Lunatic asylums Bombay report 1878-1890 - 1878-1890
Year: 1878
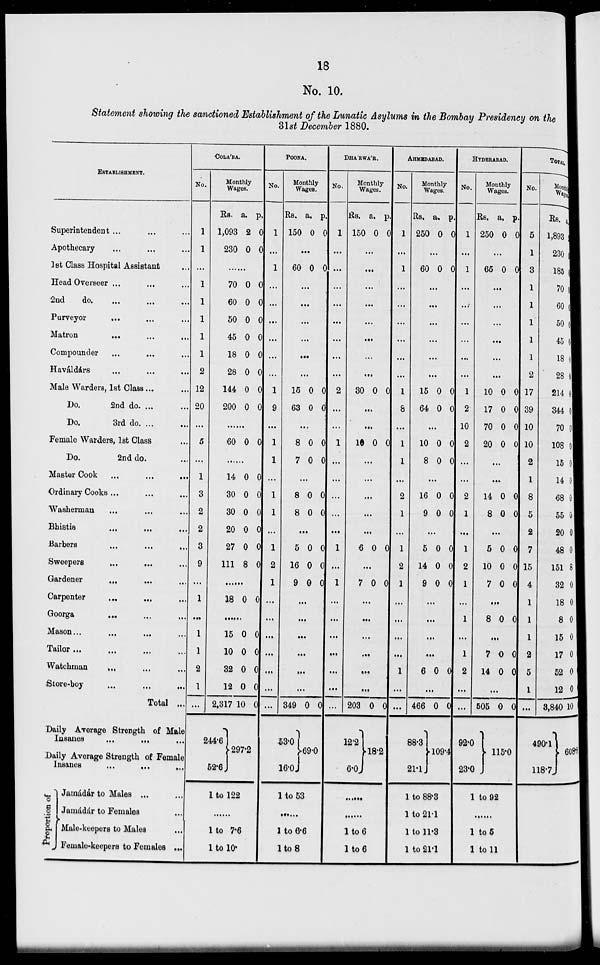
18
No. 10.
Statement showing the sanctioned Establishment of the Lunatic Asylums in the Bombay Presidency on the
31st December 1880.
ESTABLISHMENT.
Superintendent ... ... ...
Apothecary ... ... ...
1st Class Hospital Assistant ...
Head Overseer ... ... ...
2nd
do. ... ... ...
Purveyor ... ... ...
Matron ... ... ...
Compounder ... ... ...
Haváldárs ... ... ...
Male Warders, 1st Class ... ...
Do.
2nd do ... ... ...
Do.
3rd do ... ...
Female Warders, 1st Class ...
Do.
2nd do. ...
Master Cook ... ... ...
Ordinary Cooks ... ... ...
Washerman ... ... ...
Bhistis ... ... ...
Barbers ... ... ...
Sweepers ... ... ...
Gardener ... ... ...
Carpenter ... ... ...
Goorga ... ... ...
Mason ... ... ... ...
Tailor ... ... ... ...
Watchman ... ... ...
Store-boy ... ... ...
Total ...
Daily Average Strength of Male
Insanes ... ... ...
Daily Average Strength of Female
Insanes
...
...
...
P roportion of
Jamádar to Males ... ...
Jamádár to Females ...
Male-keepers to Males ...
Female-keepers to Females ...
COLÁBA.
No.
1
1
...
1
1
1
1
1
2
12
20
...
5
...
1
3
2
2
3
9
...
1
...
1
1
2
1
...
Monthly
Wages.
Rs.
1,093
230
a.
2
0
p.
0
0
...
70
60
50
45
18
28
144
200
0
0
0
0
0
0
0
0
0
0
0
0
0
0
0
0
...
60 0 0
...
14
30
30
20
27
111
0
0
0
0
0
8
0
0
0
0
0
0
......
18 0 0
...
15
10
32
12
2,317
244.6
52.6
0
0
0
0
10
0
0
0
0
0
297.2
1 to 122
......
1 to 7.6
1 to 10.
POONA.
No.
1
...
1
...
...
...
...
...
...
1
9
...
1
1
...
1
1
...
1
2
1
...
...
...
...
...
...
...
Monthly
Wages.
Rs.
150
a.
0
p.
0
...
60 0 0
...
...
...
...
...
...
15
63
0
0
0
0
...
8
7
0
0
0
0
...
8
8
0
0
0
0
...
5
16
9
0
0
0
0
0
0
...
...
...
...
...
...
349
53.0
16.0
0
0
69.0
1 to 53
......
1 to 6.6
1 to 8
DHÁRWÁR.
No.
1
...
...
...
...
...
...
...
...
2
...
...
1
...
...
...
...
...
1
...
1
...
...
...
...
...
...
...
Monthly
Wages.
Rs.
150
a.
0
p.
0
...
...
...
...
...
...
...
...
30 0 0
...
...
10 0 0
...
...
...
...
...
6 0 0
...
7 0 0
...
...
...
...
...
...
203
12.2
6.0
0 0
18.2
......
......
1 to 6
1 to 6
AHMEDABAD.
No.
1
...
1
...
...
...
...
...
...
1
8
...
1
1
...
2
1
...
1
2
1
...
...
...
...
1
...
...
Monthly
Wages.
Rs.
250
a.
0
p.
0
...
60 0 0
...
...
...
...
...
...
15
64
0
0
0
0
...
10
8
0
0
0
0
...
16
9
0
0
0
0
...
5
14
9
0
0
0
0
0
0
...
...
...
...
6 0 0
...
466
88.3
21.1
0 0
109.4
1 to 88.3
1 to 21.1
1 to 11.3
1 to 21.1
HYDERABAD.
No.
1
...
1
...
...
...
...
...
...
1
2
10
2
...
...
2
1
...
1
2
1
...
1
...
1
2
...
...
Monthly
Wages.
Rs.
250
a.
0
p.
0
...
65 0 0
...
...
...
...
...
...
10
17
70
20
0
0
0
0
0
0
0
0
...
...
14
8
0
0
0
0
...
5
10
7
0
0
0
0
0
0
...
8 0 0
...
7
14
0
0
0
0
...
505
92.0
23.0
0 0
115.0
1 to 92
......
1 to 5
1 to 11
TOTAL.
No.
5
1
3
1
1
1
1
1
2
17
39
10
10
2
1
8
5
2
7
15
4
1
1
1
2
5
1
...
Monthly
Wages
Rs.
1,893
230
185
70
60
50
45
18
28
214
344
70
108
15
14
68
55
20
48
151
32
18
8
15
17
52
12
3,840
490.1
118.7
a.
0
0
0
0
0
0
0
0
0
0
0
0
0
0
0
0
0
8
0
0
0
0
0
0
0
10
608.8